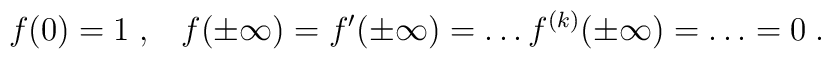
f(0)= 1 \;, \;\;\; f(\pm \infty) = f'(\pm \infty) = \ldots f^{(k)} (\pm \infty) = \ldots = 0 \;.